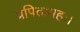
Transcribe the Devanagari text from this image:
प्रपितामहः।